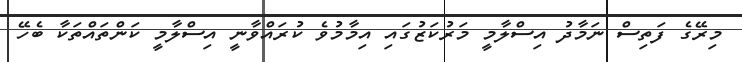
މިރޭގެ ފަތިސް ނަމާދު އިސްލާމީ މަރުކަޒުގައި އިމާމުވެ ކުރައްވާނީ އިސްލާމީ ކަންތައްތަކާ ބެހޭ